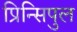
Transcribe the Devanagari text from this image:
प्रिन्सिपुल